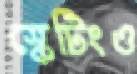
স্কেটিংও